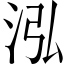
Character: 泓